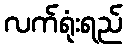
လက်ရုံးရည်